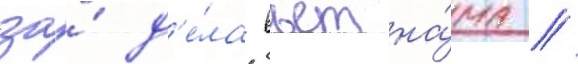
за́ д'е́ла вьетна́ма /